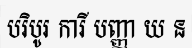
បរិបូរ ការី បញ្ញា យ ន